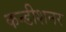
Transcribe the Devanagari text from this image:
कन्डीशनर